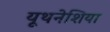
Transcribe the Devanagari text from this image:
यूथनेशिया